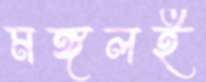
মঙ্গলই